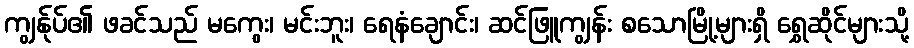
ကျွန်ုပ်၏ ဖခင်သည် မကွေး၊ မင်းဘူး၊ ရေနံချောင်း၊ ဆင်ဖြူကျွန်း စသောမြို့များရှိ ရွှေဆိုင်များသို့